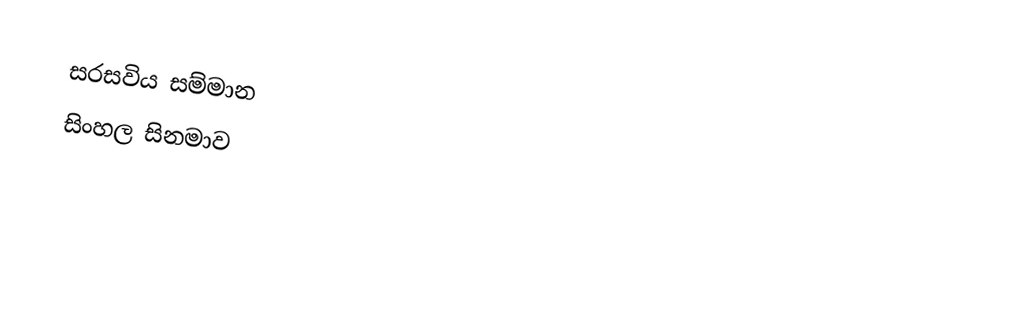
සරසවිය සම්මාන
සිංහල සිනමාව